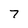
Character: 7